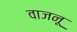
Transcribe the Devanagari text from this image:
वाजनू